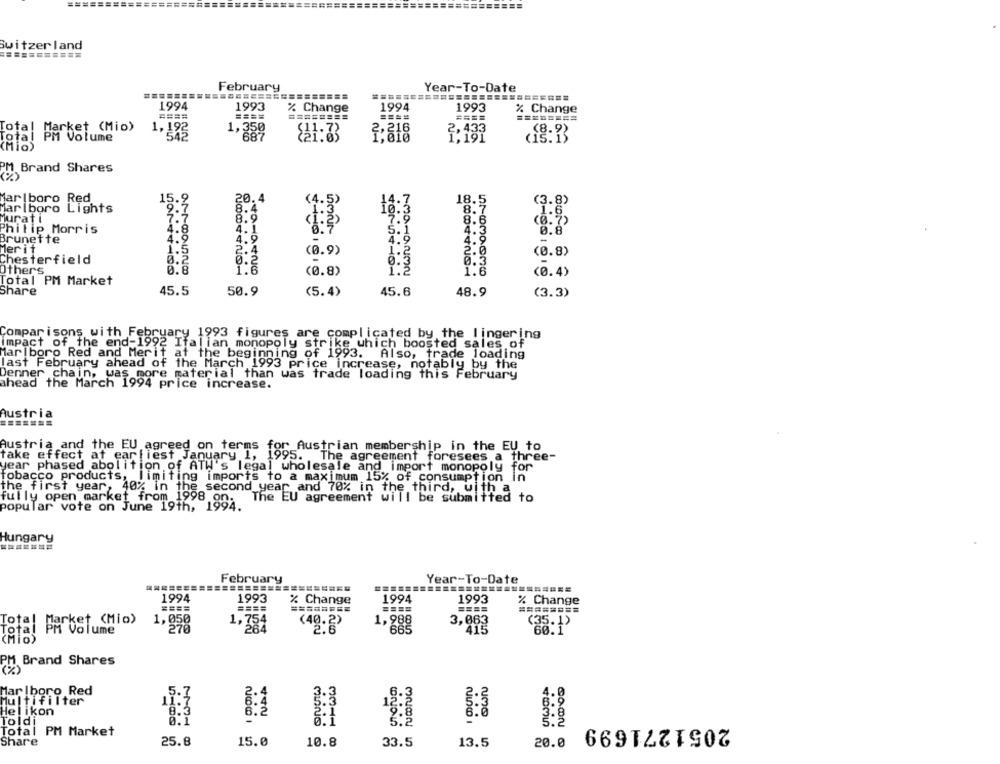
===
switzerland
February
Year-To-Date
1994
% Change
1994
1993
====
1993
====
% Change
====
ket. (Mio)
1,192
2,216
(8.9)
1,259
(15.15
$41:33
PM, Brand Shares
Marlboro Red
15
20.4
(4.5)
14.7
18.5
(3.8)
Marlboro Lights
8.4
Murati
8.9
7.9
8.6
Philip Morris
4.8
4.1
4.3
: 70
4.9
5.1
0.8
Brunette
4.9
4
4.9
Merit
1.5
.A
(0.9)
(0.8)
Chesterfield
1.6
0.3
Others
0.8
(0.8)
1.6
(0.4)
Total PM Market
(5.4)
Share
45.5
50.9
45.6
48.9
(3.3)
Comparisons with February 1993 figures are complicated by the lingering
Impact of the end-1992 Italian monopoly strike which boosted sales of
Mar boro Red and Merit at the beginning of 1993.
Also, trade loading
last February ahead of the March 1993 price increase, notably by the
Denner chain, was more material than was trade loading this February
ahead the March 1994 price increase.
Austria
Austria and the EU agreed on terms for Austrian membership in the EU to
take effect at earliest January 1, 1995.
The agreement foresees a three-
jear phased abolition of ATW's legal wholesale and import monopoly for
tobacco products,
limiting imports to a maximum 15% of consumption in
fully open market from 1998
the first year, 40% in the second year and 70% 15 mir be submitted t
popular vote on June 19th, 1994.
Hungary
February
Year-To-Date
1994
1993
% Change
1994
1993
% Change
====
====
====
========
1,050
1,754
(40.2)
1,988
3,063
(35.1)
270
284
2.6
415
PM Brand Shares
Marlboro Red
5.7
3.
3
6.
Multifilter
12
8:8
18:3
8:2
Helikon
2.1
2.8
Toldi
2051271699
Total PM Market
25.8
15.0
Share
10.8
33.5
13.5
20.0